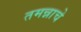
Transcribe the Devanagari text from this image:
तमन्नाचे